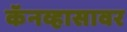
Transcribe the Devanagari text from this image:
कॅनव्हासावर